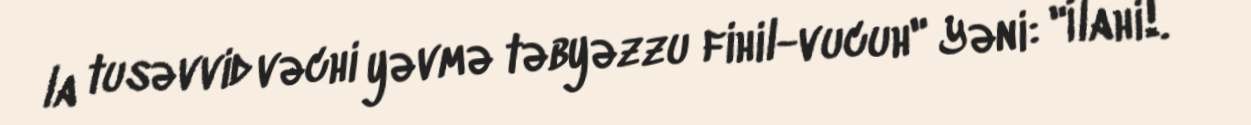
la tusəvvid vəchi yəvmə təbyəzzu fihil-vucuh" Yəni: "İlahi!.